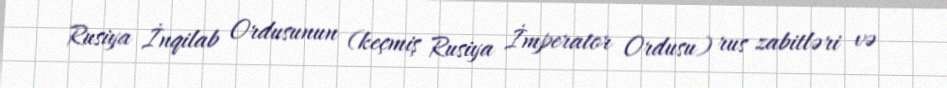
Rusiya İnqilab Ordusunun (keçmiş Rusiya İmperator Ordusu) rus zabitləri və